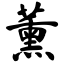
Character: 薰